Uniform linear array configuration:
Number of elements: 48
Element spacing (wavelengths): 0.5
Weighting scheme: hamming
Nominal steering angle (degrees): -30
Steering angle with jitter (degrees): -31.455
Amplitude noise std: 0.05
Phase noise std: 0.05

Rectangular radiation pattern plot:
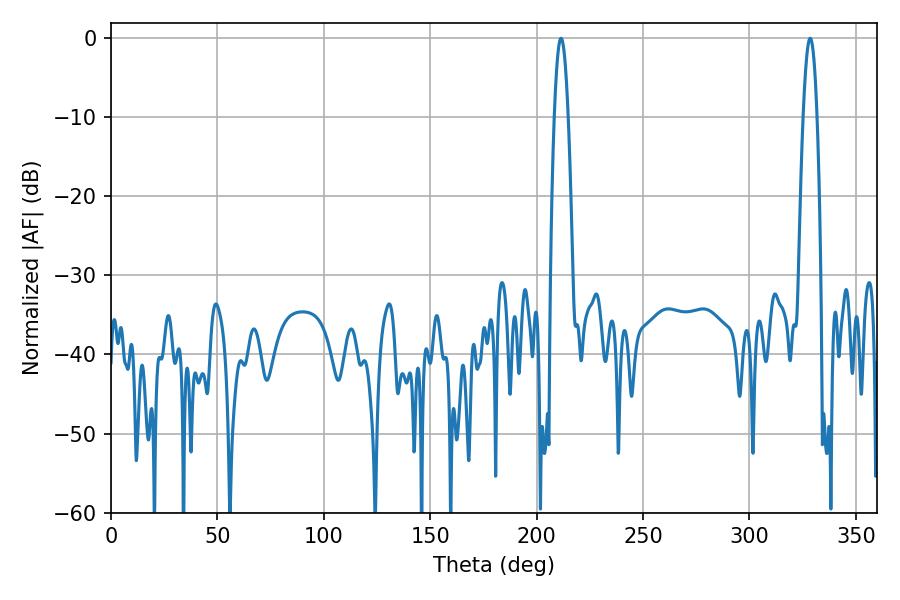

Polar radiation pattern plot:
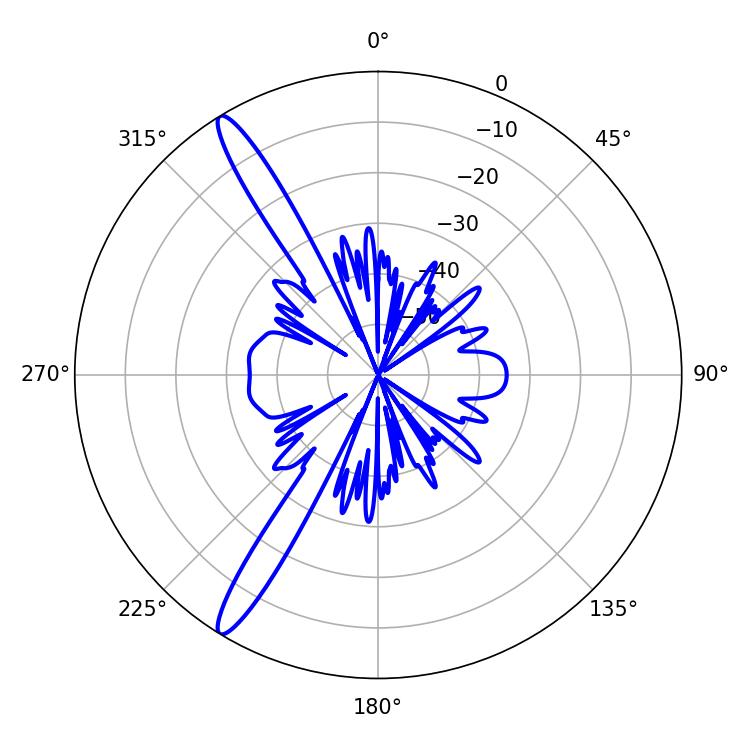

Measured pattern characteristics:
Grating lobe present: FALSE
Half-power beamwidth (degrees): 3.6
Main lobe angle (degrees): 211.5